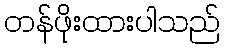
တန်ဖိုးထားပါသည်